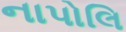
નાપોલિ